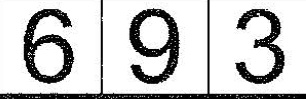
6 9 3